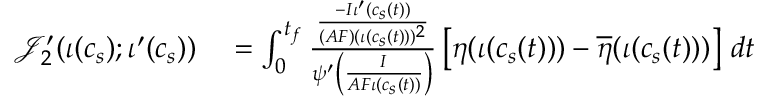
\begin{array} { r l } { \mathcal { J } _ { 2 } ^ { \prime } ( \iota ( c _ { s } ) ; \iota ^ { \prime } ( c _ { s } ) ) } & { { } = \int _ { 0 } ^ { t _ { f } } \frac { \frac { - I \iota ^ { \prime } ( c _ { s } ( t ) ) } { ( A F ) ( \iota ( c _ { s } ( t ) ) ) ^ { 2 } } } { \psi ^ { \prime } \left( \frac { I } { A F \iota ( c _ { s } ( t ) ) } \right) } \left[ \eta ( \iota ( c _ { s } ( t ) ) ) - \overline { { \eta } } ( \iota ( c _ { s } ( t ) ) ) \right] \, d t } \end{array}